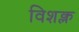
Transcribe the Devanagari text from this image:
विशक्ल